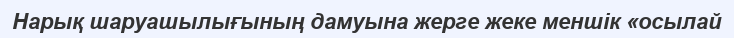
Нарық шаруашылығының дамуына жерге жеке меншік «осылай